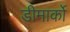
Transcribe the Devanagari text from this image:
डीमार्को